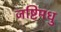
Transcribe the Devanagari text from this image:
जष्टिमधु